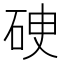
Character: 𥒏